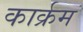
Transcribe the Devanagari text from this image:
कार्क्रम